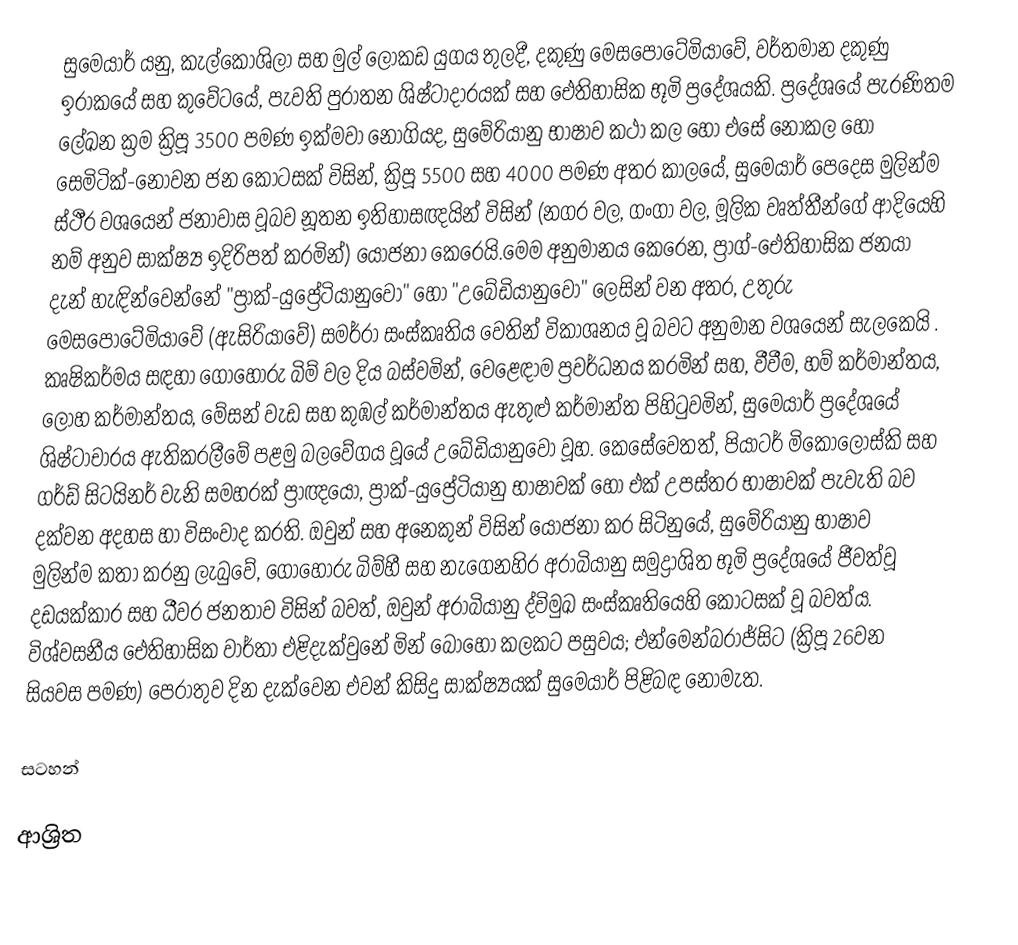
සුමෙයාර් යනු,    කැල්කෝශිලා සහ මුල් ලෝකඩ යුගය තුලදී, දකුණු මෙසපොටේමියාවේ, වර්තමාන දකුණු ඉරාකයේ සහ කුවේටයේ, පැවති පුරාතන ශිෂ්ටාදාරයක් සහ ඓතිහාසික භූමි ප්‍රදේශයකි. ප්‍රදේශයේ පැරණිතම ලේඛන ක්‍රම ක්‍රිපූ 3500 පමණ ඉක්මවා නොගියද, සුමේරියානු භාෂාව කථා කල හෝ එසේ නොකල හෝ සෙමිටික්-නොවන ජන කොටසක් විසින්,   ක්‍රිපූ 5500 සහ 4000 පමණ අතර කාලයේ,  සුමෙයාර් පෙදෙස මුලින්ම ස්ථීර වශයෙන් ජනාවාස වූබව නූතන ඉතිහාසඥයින් විසින්  (නගර වල, ගංගා වල, මූලික වෘත්තීන්ගේ ආදියෙහි නම් අනුව සාක්ෂ්‍ය ඉදිරිපත් කරමින්) යෝජනා කෙරෙයි.මෙම අනුමානය කෙරෙන, ප්‍රාග්‍-ඓතිහාසික ජනයා දැන් හැඳින්වෙන්නේ "ප්‍රාක්-යුප්‍රේටියානුවෝ" හෝ "උබේඩියානුවෝ" ලෙසින් වන අතර, උතුරු මෙසපොටේමියාවේ (ඇසිරියාවේ) සමර්රා සංස්කෘතිය වෙතින් විකාශනය වූ බවට අනුමාන වශයෙන් සැලකෙයි . කෘෂිකර්මය සඳහා ගොහොරු බිම් වල දිය බස්වමින්, වෙළෙඳාම ප්‍රවර්ධනය කරමින් සහ, වීවීම, හම් කර්මාන්තය, ලෝහ කර්මාන්තය, මේසන් වැඩ සහ කුඹල් කර්මාන්තය ඇතුළු කර්මාන්ත පිහිටුවමින්, සු‍මෙයාර් ප්‍රදේශයේ ශිෂ්ටාචාරය ඇතිකරලීමේ පළමු බලවේගය වූයේ උබේඩියානුවෝ වූහ. කෙසේවෙතත්, පියා්ටර් මිකෝලෝස්කි සහ ගර්ඩ් සිටයිනර් වැනි සමහරක් ප්‍රාඥයෝ,  ප්‍රාක්-යුප්‍රේටියානු භාෂාවක් හෝ එක් උපස්තර භාෂාවක් පැවැති බව දක්වන අදහස හා විසංවාද කරති.  ඔවුන් සහ අනෙකුන් විසින් යෝජනා කර සිටිනුයේ, සුමේරියානු භාෂාව මුලින්ම කතා කරනු ලැබුවේ, ගොහොරු බිම්හී සහ නැගෙනහිර අරාබියානු සමුද්‍රාශිත භූමි ප්‍රදේශයේ ජීවත්වූ  දඩයක්කාර සහ ධීවර ජනතාව විසින් බවත්, ඔවුන් අරාබියානු ද්විමුඛ සංස්කෘතියෙහි කොටසක් වූ බවත්ය. විශ්වසනීය ඓතිහාසික වාර්තා එළිදැක්වුනේ මින් බොහෝ කලකට පසුවය; එන්මෙන්බරාජ්සිට (ක්‍රිපූ 26වන සියවස පමණ) පෙරාතුව දින දැක්වෙන එවන් කිසිදු සාක්ෂ්‍යයක් සු‍මෙයාර් පිළිබඳ නොමැත.

සටහන්

ආශ්‍රිත